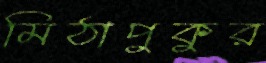
মিঠাপুকুর